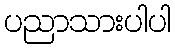
ပညာသားပါပါ